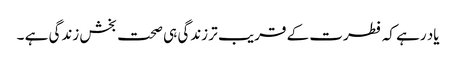
یاد رہے کہ فطرت کے قریب تر زندگی ہی صحت بخش زندگی ہے ۔